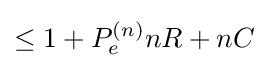
\leq 1+P_{e}^{(n)}nR+nC